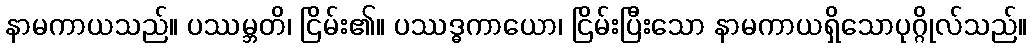
နာမကာယသည်။ ပဿမ္ဘတိ၊ ငြိမ်း၏။ ပဿဒ္ဓကာယော၊ ငြိမ်းပြီးသော နာမကာယရှိသောပုဂ္ဂိုလ်သည်။